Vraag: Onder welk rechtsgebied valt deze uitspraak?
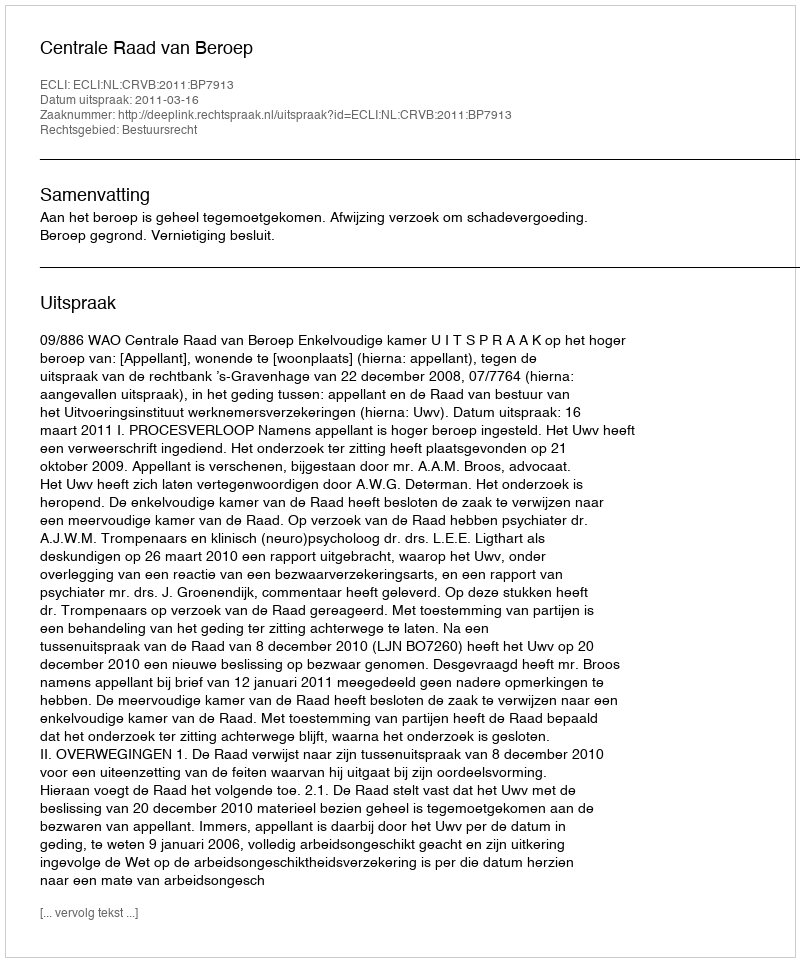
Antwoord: Bestuursrecht